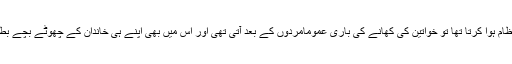
پہلے جب گلی محلوں میں شادیوں‌کا انتظام ہوا کرتا تھا تو خواتین کی کھانے کی باری عموماًمردوں کے بعد آتی تھی اور اس میں بھی اپنے ہی خاندان کے چھوٹے بچے بطور ویٹر انتظام سنبھال لیا کرتے تھے۔